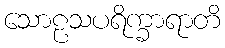
သောဠသပရိက္ခာရာတိ